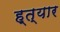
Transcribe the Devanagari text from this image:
ह्त्यार